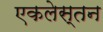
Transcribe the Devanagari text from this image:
एकलेस्तन